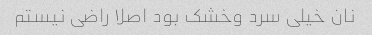
نان خیلی سرد وخشک بود اصلا راضی نیستم